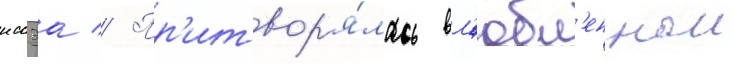
иссэа // Пр'итвор'я́лась вл'юбл'еннои